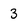
Character: 3